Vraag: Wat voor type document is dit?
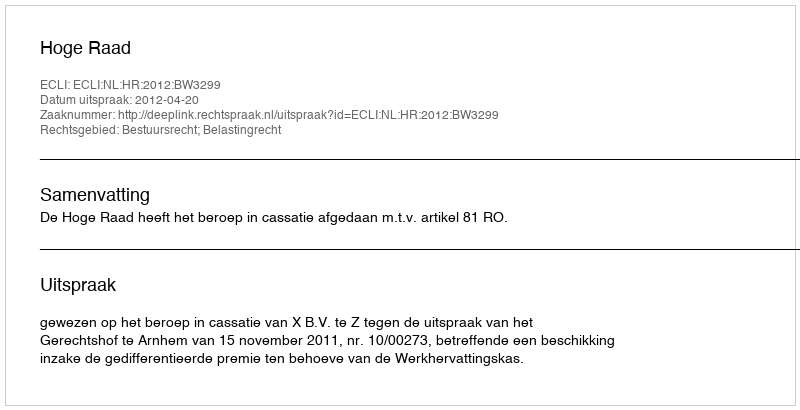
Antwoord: Uitspraak